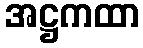
အဋ္ဌကထာ